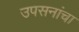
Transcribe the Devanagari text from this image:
उपसनांचा